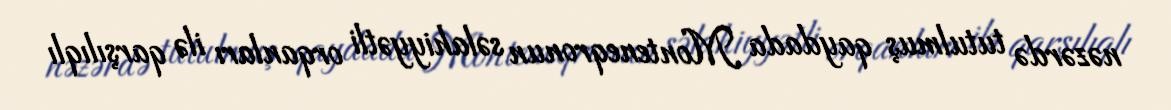
nəzərdə tutulmuş qaydada Monteneqronun səlahiyyətli orqanları ilə qarşılıqlı